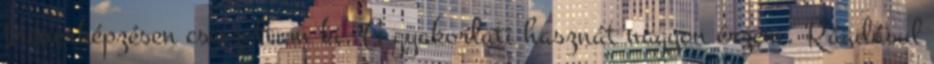
trénerképzésen csiszoltam ki. A gyakorlati hasznát nagyon érzem. Ráadásul